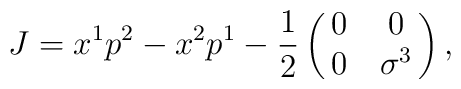
J=x^1p^2-x^2p^1-{1\over2}\pmatrix{0&0\cr0&\sigma^3},